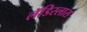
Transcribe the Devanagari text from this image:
लॅडिस्लास